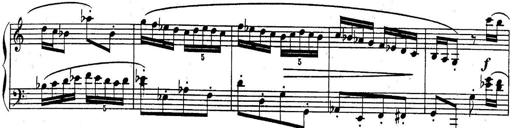
Title: Sonatina for Piano
Composer: BÃ©la BartÃ³k